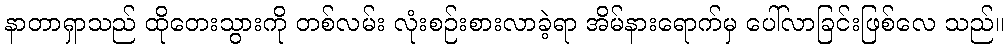
နာတာရှာသည် ထိုတေးသွားကို တစ်လမ်း လုံးစဉ်းစားလာခဲ့ရာ အိမ်နားရောက်မှ ပေါ်လာခြင်းဖြစ်လေ သည်။